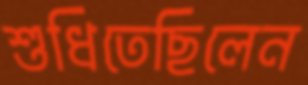
শুধিতেছিলেন